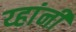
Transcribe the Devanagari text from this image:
य्हांनी